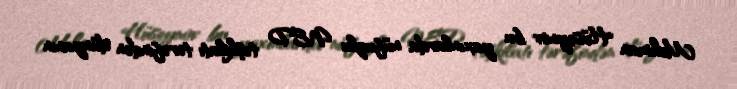
Mehman Hüseynov bu yaxınlarda nüfuzlu NED təşkilatı tərəfindən dünyanın